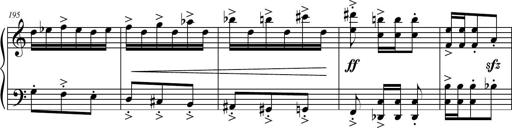
Title: Petite Sonatine
Composer: Richard St. Clair